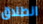
انطلاق